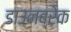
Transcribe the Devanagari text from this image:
डाउनब्रेक